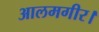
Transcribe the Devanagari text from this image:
आलमगीर।